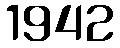
1942